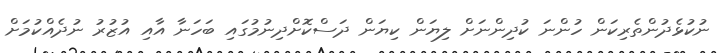
ނުކުޅެދުންތެރިކަން ހުންނަ ކުދިންނަށް ލިޔަން ކިޔަން ދަސްކޮށްދިނުމުގައި ބަހަނާ އާއި އުޒުރު ނުދެއްކުމަށް